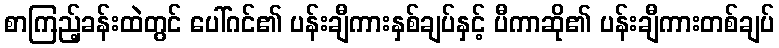
စာကြည့်ခန်းထဲတွင် ပေါ်ဂင်၏ ပန်းချီကားနှစ်ချပ်နှင့် ပီကာဆို၏ ပန်းချီကားတစ်ချပ်